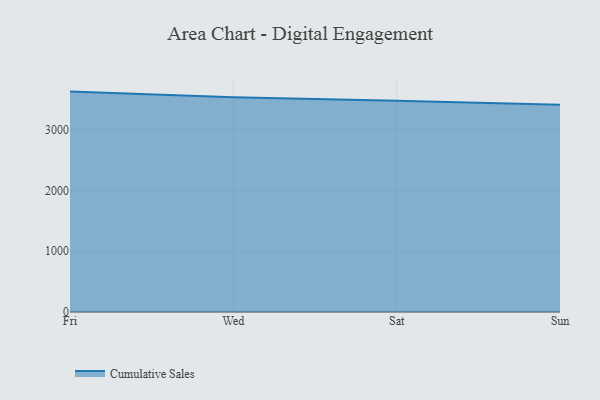
{"axis": {"x": "Day", "y": "Operating Costs (USD K)"}, "legend": ["Cumulative Sales"], "data": [{"x": "Fri", "y": 3629.1, "type": "Cumulative Sales"}, {"x": "Wed", "y": 3537.2, "type": "Cumulative Sales"}, {"x": "Sat", "y": 3478.2, "type": "Cumulative Sales"}, {"x": "Sun", "y": 3414.2, "type": "Cumulative Sales"}]}